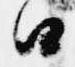
由